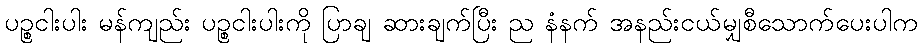
ပဉ္စငါးပါး မန်ကျည်း ပဉ္စငါးပါးကို ပြာချ ဆားချက်ပြီး ည နံနက် အနည်းငယ်မျှစီသောက်ပေးပါက